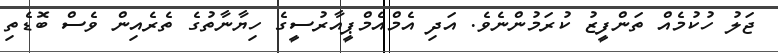
ޖަލު ހުކުމެއް ތަންފީޒު ކުރަމުންނެވެ. އަދި އެމްއެމްޕީއާރުސީގެ ހިޔާނާތުގެ ތެރެއިން ވެސް ބޮޑެތި